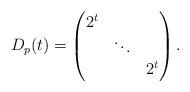
LaTeX: \begin{align*}D_p(t)= \begin{pmatrix} 2^t\\ & \ddots\\ && 2^t \end{pmatrix}.\end{align*}